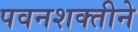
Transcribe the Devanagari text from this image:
पवनशक्तीने